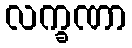
လက္ခဏာ